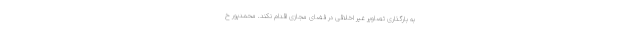
به بارگذاری تصاویر غیر اخلاقی در فضای مجازی اقدام نکند. محمدپور خ